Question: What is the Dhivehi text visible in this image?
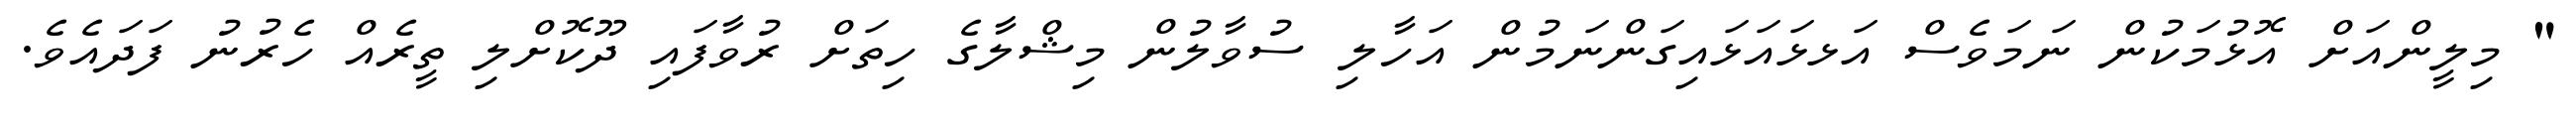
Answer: " މިލީންއަށް އޮޅުމަކުން ނަމަވެސް އަޅޅައަޅައިގަންނަމުން އަހާލި ސުވާލުން މިޝްލާގެ ހިތަށް ރުވާފައި ދޫކޮށްލި ތީރެއް ހެރުނު ފަދައެވެ.